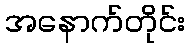
အနောက်တိုင်း